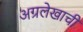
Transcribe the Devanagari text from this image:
अग्रलेखाची